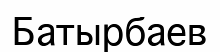
Батырбаев